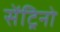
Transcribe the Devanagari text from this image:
सेंट्रिनो